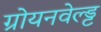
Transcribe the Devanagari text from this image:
ग्रोयनवेल्ड्ट